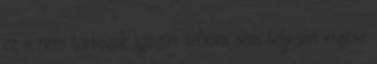
ez a nem tartozok igazán sehova sem teljesen érzése